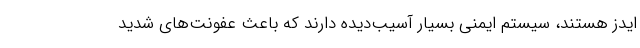
ایدز هستند، سیستم ایمنی بسیار آسیب‌دیده دارند که باعث عفونت‌های شدید